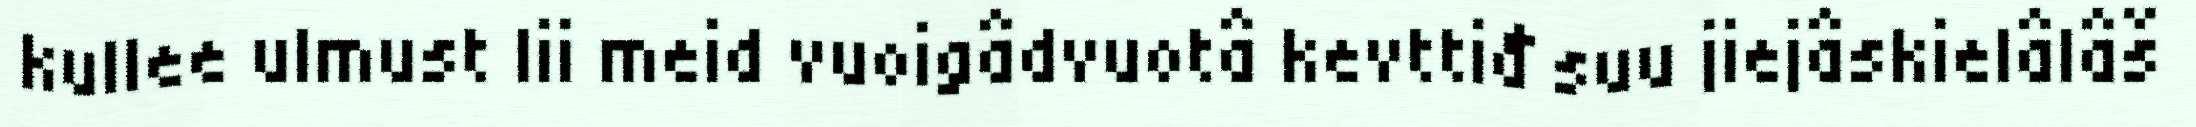
kullee ulmust lii meid vuoigâdvuotâ kevttiđ suu jiejâskielâlâš